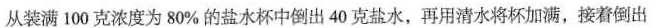
从装满100克浓度为80%的盐水杯中倒出40克盐水，再用清水将杯加满，接着倒出